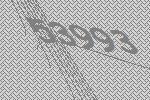
53993